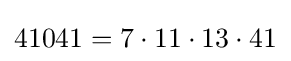
41041=7\cdot 11\cdot 13\cdot 41